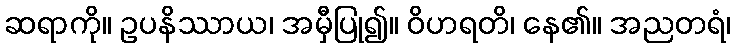
ဆရာကို။ ဥပနိဿာယ၊ အမှီပြု၍။ ဝိဟရတိ၊ နေ၏။ အညတရံ၊